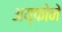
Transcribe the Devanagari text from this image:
अय्फोने